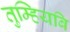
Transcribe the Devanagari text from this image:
तुम्हियबि